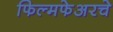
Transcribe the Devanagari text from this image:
फिल्मफेअरचे